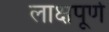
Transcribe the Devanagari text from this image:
लाक्षपूर्ण